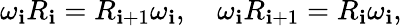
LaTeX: \omega_{\mathbf{i}}R_{\mathbf{i}}=R_{\mathbf{i}+1}\omega_{\mathbf{i}},\quad\omega_{\mathbf{i}}R_{\mathbf{i}+1}=R_{\mathbf{i}}\omega_{\mathbf{i}},